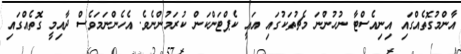
އާންމުގޮތެއްގައި އިނިއެސްޓާ ނުހުންނަ މެޗުތަކުގައި އައީ ކެޕްޓަންކަން ކުރަމުންނެވެ. އެހެންނަމަވެސް ދާއިމީ ގޮތެއްގައި